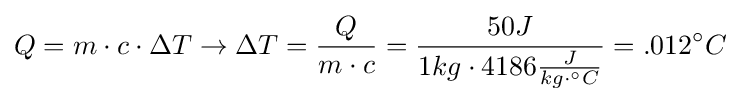
Q=m\cdot c\cdot \Delta T\rightarrow \Delta T={\frac {Q}{m\cdot c}}={\frac {50J}{1kg\cdot 4186{\frac {J}{kg\cdot ^{\circ }C}}}}=.012^{\circ }C